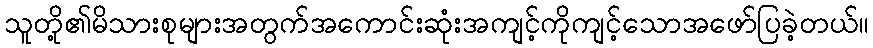
သူတို့၏မိသားစုများအတွက်အကောင်းဆုံးအကျင့်ကိုကျင့်သောအဖော်ပြခဲ့တယ်။